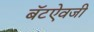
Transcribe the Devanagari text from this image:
बॅटऐवजी